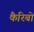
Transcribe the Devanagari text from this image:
कैरिबो